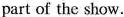
part of the show.